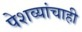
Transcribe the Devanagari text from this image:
पेशव्यांचाही